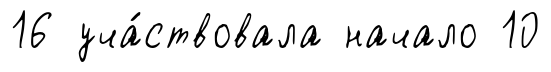
16 уча́ствовала начало 10